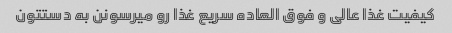
کیفیت غذا عالی و فوق العاده سریع غذا رو میرسونن به دستتون